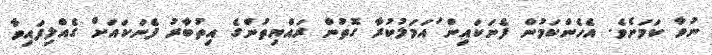
ނުވާ ކަމަށެވެ. އެހެންކަމުން ފެނަކައިން ައަމަލުކުރާ ގޮތުން ރައްޔިތުންގެ އިތުބާރު ފެނަކައަށް ގެއްލިފައިވާ